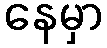
နေမှာ